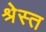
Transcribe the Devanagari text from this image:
श्रेस्त